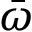
\bar { \omega }